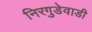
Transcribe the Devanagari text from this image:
निरगुडेवाडी